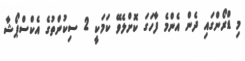
މި ޑްރޯންގައި ދެން އެންމެ ފާހަގަ ކޮށްލެވޭ ކަމަކީ 2 ސިކުންތުގެ އެކްސްޕޯޝާ